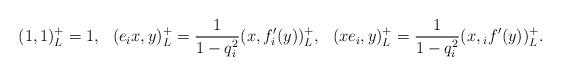
LaTeX: \begin{align*}(1,1)_{L}^{+}=1 & , & & (e_{i}x,y)_{L}^{+}=\frac{1}{1-q_{i}^{2}}(x,f'_{i}(y))_{L}^{+}, & & (xe_{i},y)_{L}^{+}=\frac{1}{1-q_{i}^{2}}(x,{_{i}f'}(y))_{L}^{+}.\end{align*}